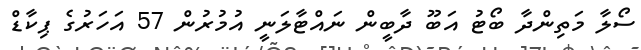
ސޯލާ މަތިންދާ ބޯޓު އަބޫ ދާބީން ނައްޓާލަނީ އުމުރުން 57 އަހަރުގެ ޕިކާޑް